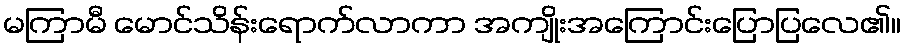
မကြာမီ မောင်သိန်းရောက်လာကာ အကျိုးအကြောင်းပြောပြလေ၏။